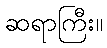
ဆရာကြီး။